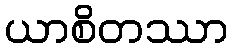
ယာစိတဿာ